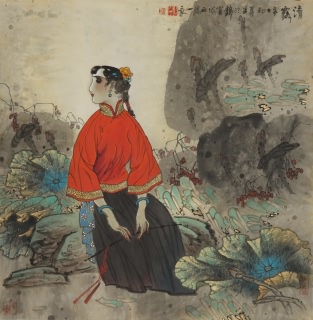
相逢清露下，流影湿衣襟。